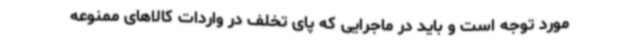
مورد توجه است و باید در ماجرایی که پای تخلف در واردات کالاهای ممنوعه